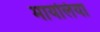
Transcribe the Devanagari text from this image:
मायलिया